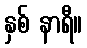
နှစ် နာရီ။